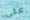
علي